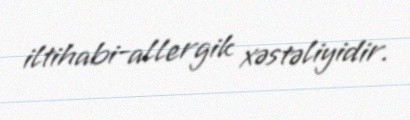
iltihabi-allergik xəstəliyidir.